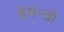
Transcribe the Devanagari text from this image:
हेमन्तो